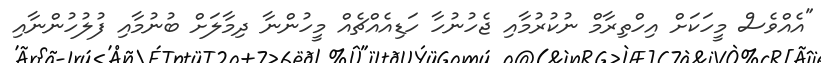
"އެއްވެސް މީހަކަށް އިހްތިރާމް ނުކުރުމާއި ޖެހުނުހާ ހަޑިއެއްޗެއް މީހުންނާ ދިމާލަށް ބުނުމާއި ފުލުހުންނާއި